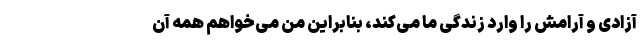
آزادی و آرامش را وارد زندگی ما می‌کند، بنابراین من می‌خواهم همه آن